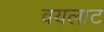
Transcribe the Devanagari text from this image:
वयलाट